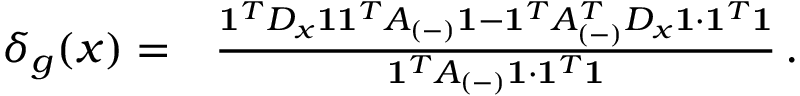
\begin{array} { r l } { \delta _ { g } ( x ) = } & { \frac { \mathbf { 1 } ^ { T } D _ { x } \mathbf { 1 } \mathbf { 1 } ^ { T } A _ { ( - ) } \mathbf { 1 } - \mathbf { 1 } ^ { T } A _ { ( - ) } ^ { T } D _ { x } \mathbf { 1 } \cdot \mathbf { 1 } ^ { T } \mathbf { 1 } } { \mathbf { 1 } ^ { T } A _ { ( - ) } \mathbf { 1 } \cdot \mathbf { 1 } ^ { T } \mathbf { 1 } } \, . } \end{array}